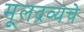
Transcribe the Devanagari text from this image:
मूलद्रव्यचे